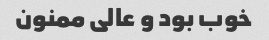
خوب بود و عالی ممنون